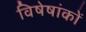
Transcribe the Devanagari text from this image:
विषेषांकों